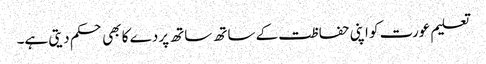
تعلیم عورت کو اپنی حفاظت کے ساتھ ساتھ پردے کا بھی حکم دیتی ہے۔